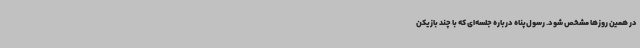
در همین روزها مشخص شود. رسول‌پناه درباره جلسه‌ای که با چند بازیکن